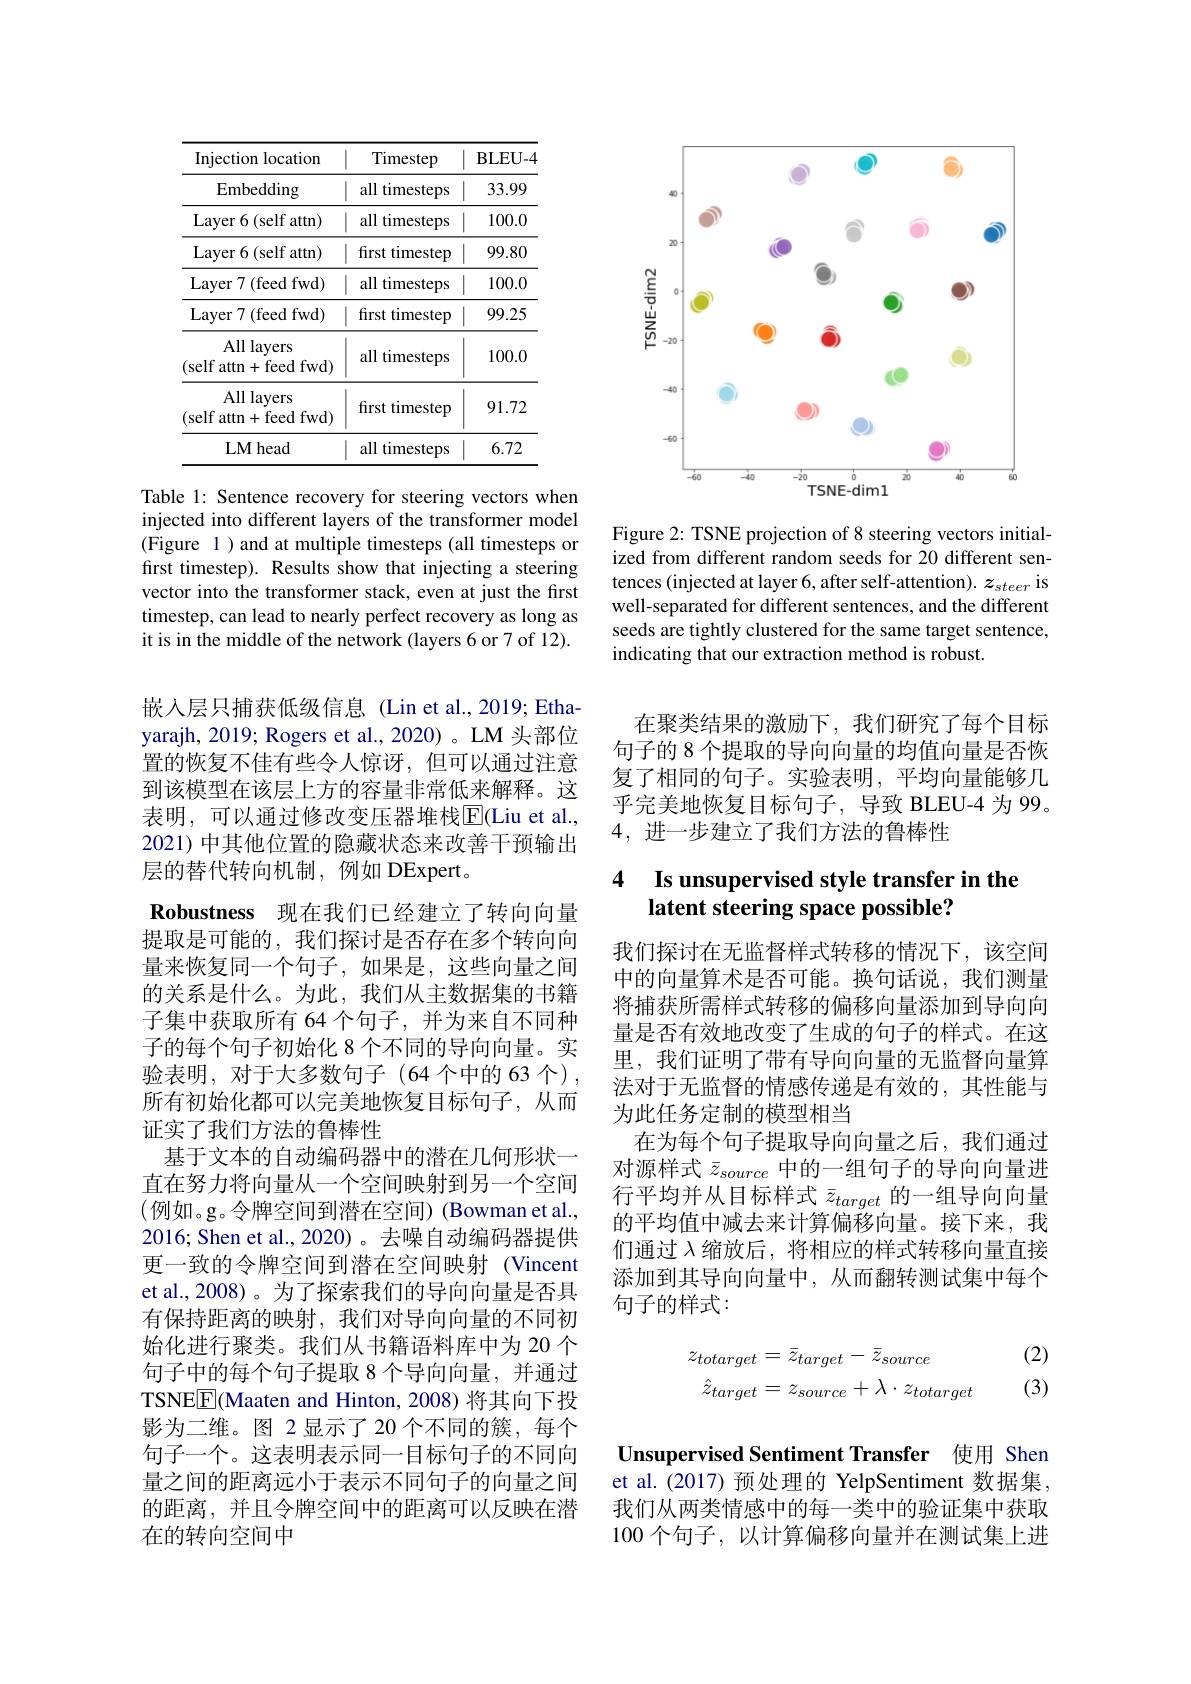
<table>
	<tbody>
		<tr>
			<th>Injection location</th>
			<th>Timestep</th>
			<th>$\mathbf{BLEU-4}$</th>
		</tr>
		<tr>
			<td>Embedding</td>
			<td>all t timesteps</td>
			<td>33.99</td>
		</tr>
		<tr>
			<td>Layer 6 (self attn)</td>
			<td>all timesteps $=\frac{1}{2}$</td>
			<td>100.0</td>
		</tr>
		<tr>
			<td>Layer 6 ( self attn) </td>
			<td>first timestep</td>
			<td>99.80</td>
		</tr>
		<tr>
			<td>Layer 7 ( feed fwd) </td>
			<td>all t timesteps</td>
			<td>100.0</td>
		</tr>
		<tr>
			<td>$\operatorname{Layer}7\left(\mathrm{feed~fwd}\right)$</td>
			<td>first timestep</td>
			<td>99.25</td>
		</tr>
		<tr>
			<td>All layers (self attn+feed fwd)</td>
			<td>all t timesteps </td>
			<td>100.0</td>
		</tr>
		<tr>
			<td>All layers (self attn+feed fwd)</td>
			<td>first timestep</td>
			<td>91.72</td>
		</tr>
		<tr>
			<td>LM head</td>
			<td>all timesteps</td>
			<td>6.72</td>
		</tr>
	</tbody>
</table>

Table 1: Sentence recovery for steering vectors when injected into different layers of the transformer model (Figure 1)and at multiple timesteps (all timesteps or first timestep). Results show that injecting a steering vector into the transformer stack, even at just the first timestep, can lead to nearly perfect recovery as long as it is in the middle of the network (layers 6 or 7 of 12).

嵌入层只捕获低级信息 (Lin et al.,2019; Ethayarajh, 2019; Rogers et al., 2020) 。LM 头部位置的恢复不佳有些令人惊讶，但可以通过注意到该模型在该层上方的容量非常低来解释。这表明，可以通过修改变压器堆栈$\overline{\mathrm{E}}($Liu et al., 2021) 中其他位置的隐藏状态来改善干预输出层的替代转向机制，例如 DExpert。
Robustness 现在我们已经建立了转向向量提取是可能的，我们探讨是否存在多个转向向量来恢复同一个句子，如果是，这些向量之间的关系是什么。为此，我们从主数据集的书籍子集中获取所有 64 个句子，并为来自不同种子的每个句子初始化 8 个不同的导向向量。实验表明，对于大多数句子(64个中的 63 个), 所有初始化都可以完美地恢复目标句子，从而证实了我们方法的鲁棒性
基于文本的自动编码器中的潜在几何形状一直在努力将向量从一个空间映射到另一个空间(例如。g。令牌空间到潜在空间)(Bowman et al., 2016; Shen et al., 2020)。去噪自动编码器提供更一致的令牌空间到潜在空间映射(Vincent et al., 2008)。为了探索我们的导向向量是否具有保持距离的映射，我们对导向向量的不同初始化进行聚类。我们从书籍语料库中为 20 个句子中的每个句子提取 8 个导向向量，并通过TSNE$\boxed{\mathrm{F}}($Maaten and Hinton, 2008) 将其向下投影为二维。图 2显示了 20 个不同的簇，每个句子一个。这表明表示同一目标句子的不同向量之间的距离远小于表示不同句子的向量之间的距离，并且令牌空间中的距离可以反映在潜在的转向空间中

<FigureHere>

Figure 2: TSNE projection of 8 steering vectors initialized from different random seeds for 20 different sentences (injected at layer 6, after self-attention). $z_{steer}$ is well-separated for different sentences, and the different seeds are tightly clustered for the same target sentence, indicating that our extraction method is robust.

在聚类结果的激励下，我们研究了每个目标句子的 8 个提取的导向向量的均值向量是否恢复了相同的句子。实验表明，平均向量能够几乎完美地恢复目标句子，导致 BLEU-4 为 99。4,进一步建立了我们方法的鲁棒性

### 4 Is unsupervised style transfer in the latent steering space possible?

我们探讨在无监督样式转移的情况下，该空间中的向量算术是否可能。换句话说，我们测量将捕获所需样式转移的偏移向量添加到导向向量是否有效地改变了生成的句子的样式。在这里，我们证明了带有导向向量的无监督向量算法对于无监督的情感传递是有效的，其性能与为此任务定制的模型相当
在为每个句子提取导向向量之后，我们通过对源样式$\bar{z}_{source}$中的一组句子的导向向量进行平均并从目标样式$\bar{z}_{target}$的一组导向向量的平均值中减去来计算偏移向量。接下来，我们通过$\lambda$缩放后，将相应的样式转移向量直接添加到其导向向量中，从而翻转测试集中每个句子的样式：

(2) (3)
$$\begin{aligned}z_{totarget}&=\bar{z}_{target}-\bar{z}_{source}\\\hat{z}_{target}&=z_{source}+\lambda\cdot z_{totarget}\end{aligned}$$
Unsupervised Sentiment Transfer 使用 Shen et al.(2017) 预处理的 YelpSentiment 数据集， 我们从两类情感中的每一类中的验证集中获取100 个句子，以计算偏移向量并在测试集上进